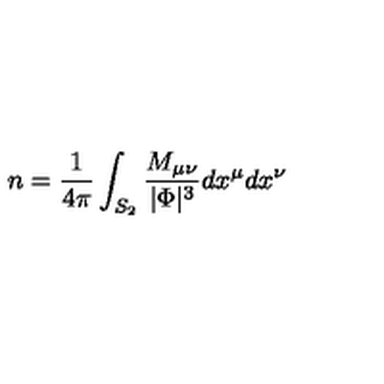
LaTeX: n = { \frac { 1 } { 4 \pi } } \int _ { S _ { 2 } } { \frac { M _ { \mu \nu } } { | \Phi | ^ { 3 } } } d x ^ { \mu } d x ^ { \nu }